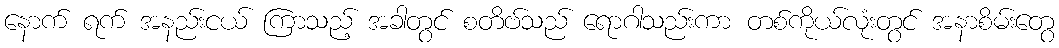
နောက် ရက် အနည်းငယ် ကြာသည့် အခါတွင် စတိဗ်သည် ရောဂါသည်းကာ တစ်ကိုယ်လုံးတွင် အနာစိမ်းတွေ